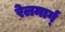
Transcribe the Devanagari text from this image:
रेलमार्ग्